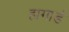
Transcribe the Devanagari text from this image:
हागार्ड